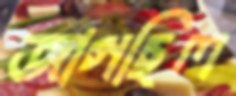
জাগছিল